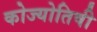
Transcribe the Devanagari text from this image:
कोज्योतिषी